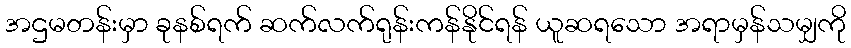
အဌမတန်းမှာ ခုနစ်ရက် ဆက်လက်ရုန်းကန်နိုင်ရန် ယူဆရသော အရာမှန်သမျှကို